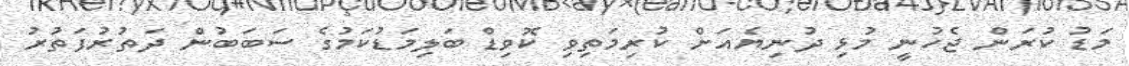
މަޑު ކުރަން ޖެހުނީ މުޅި ދުނިޔެއަށް ކުރިމަތިވި ކޮވިޑް ބަލިމަޑުކަމުގެ ސަބަބުން ދަތުރުފަތުރު